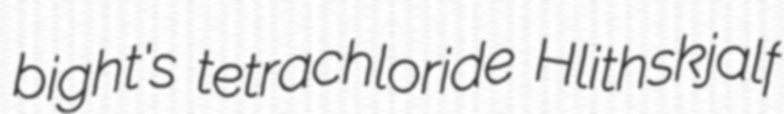
bight's tetrachloride Hlithskjalf